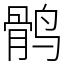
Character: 鹘